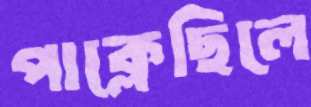
পাক্‌লেছিলে